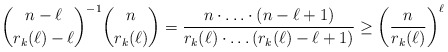
\begin{align*} \binom{n-\ell}{r_k(\ell)-\ell}^{-1}\binom{n}{r_k(\ell)}=\frac{n\cdot \ldots\cdot(n-\ell+1)}{r_k(\ell)\cdot\ldots (r_k(\ell)-\ell+1)}\ge \left(\frac{n}{r_k(\ell)}\right)^\ell \end{align*}